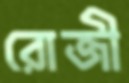
রোজী